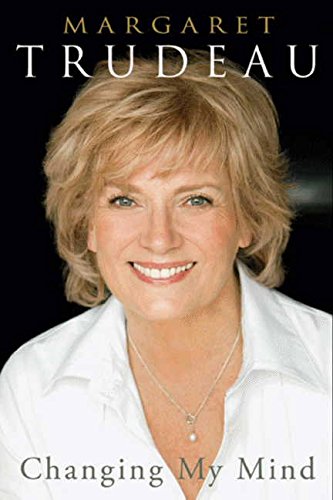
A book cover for Changing My Mind; Margaret Trudeau; Health, Fitness & Dieting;